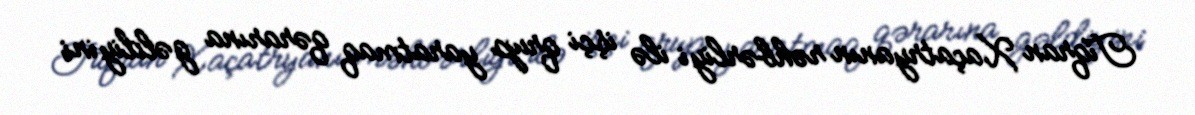
Tiqran Xaçatryanın rəhbərliyi ilə işçi qrup yaratmaq qərarına gəldiyini